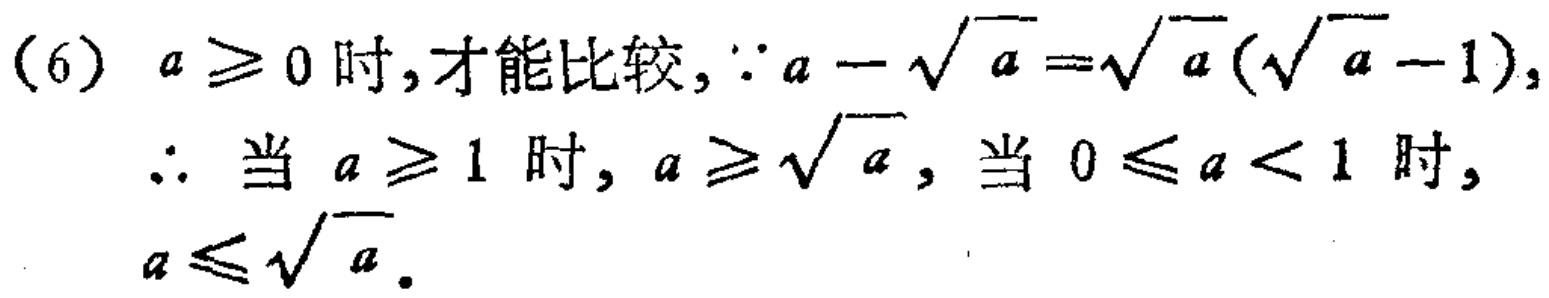
(6) \(a\geq0\)时,才能比较,\(\because a - \sqrt{a}=\sqrt{a}(\sqrt{a}-1)\),

\(\therefore\) 当 \(a\geq1\) 时, \(a\geq\sqrt{a}\), 当 \(0\leq a<1\) 时, \(a\leq\sqrt{a}\).